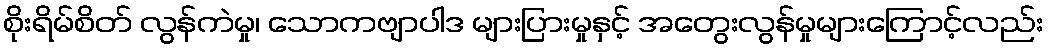
စိုးရိမ်စိတ် လွန်ကဲမှု၊ သောကဗျာပါဒ များပြားမှုနှင့် အတွေးလွန်မှုများကြောင့်လည်း